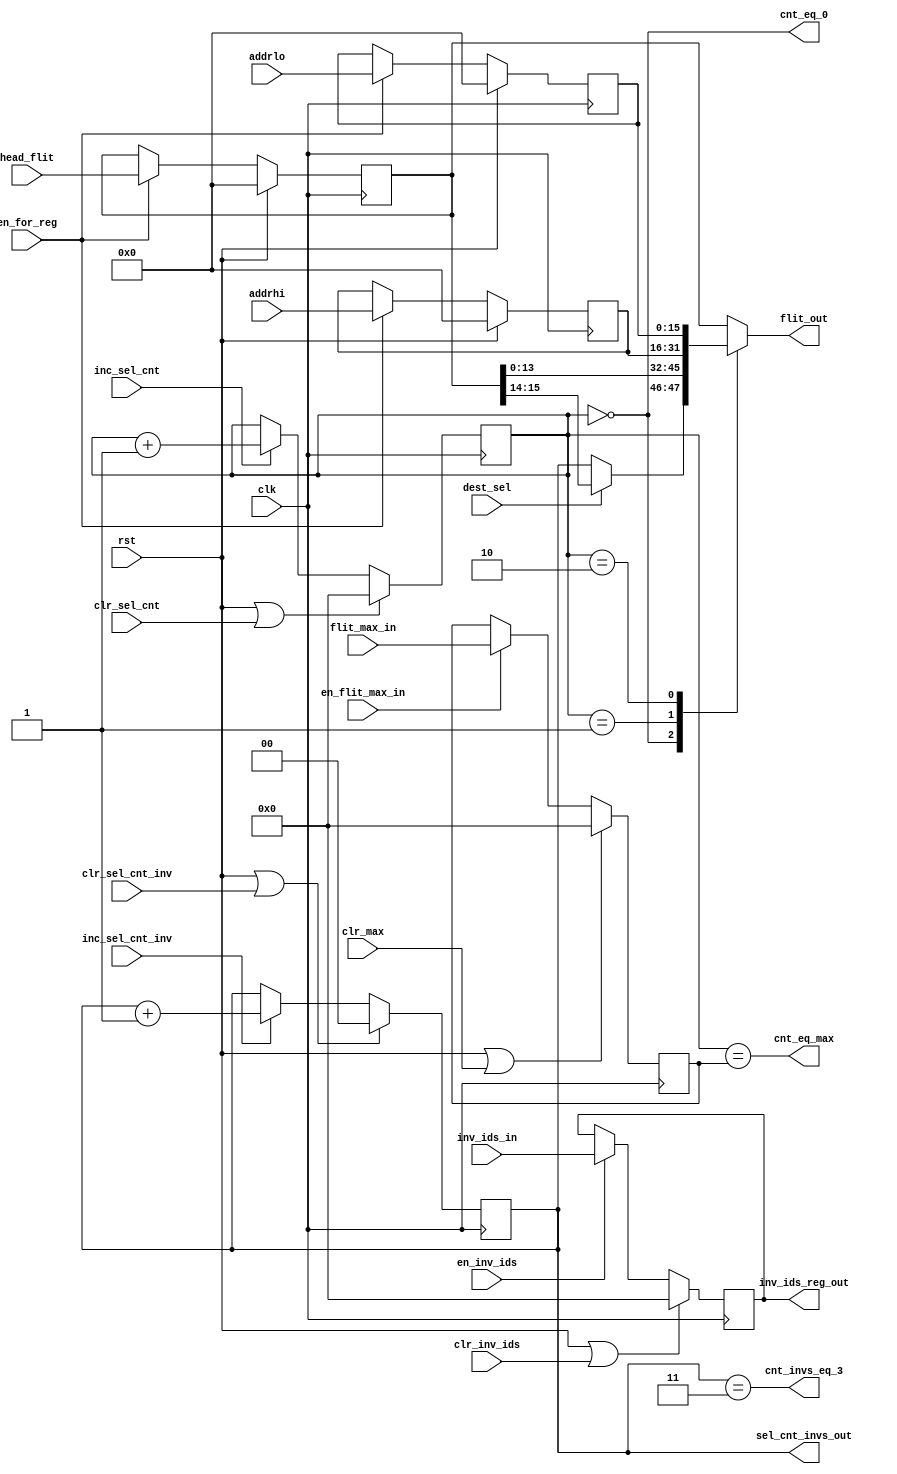
module   upload_datapath(
                         clk,
                         rst,
                         clr_max,
                         clr_inv_ids,
                         clr_sel_cnt_inv,
                         clr_sel_cnt,
                         inc_sel_cnt,
                         inc_sel_cnt_inv,
                         en_flit_max_in,
                         en_for_reg,
                         en_inv_ids,
                         inv_ids_in,
                         dest_sel,
                         flit_max_in,
                         head_flit,
                         addrhi,
                         addrlo,
                         flit_out,
                         cnt_eq_max,
                         cnt_invs_eq_3,
                         cnt_eq_0,
                         inv_ids_reg_out,
                         sel_cnt_invs_out
                         );
   input                                 clk;
   input                                 rst;
   input           [15:0]                head_flit;
   input           [15:0]                addrhi;
   input           [15:0]                addrlo;
   input                                 clr_max;
   input                                 clr_inv_ids;
   input                                 clr_sel_cnt_inv;
   input                                 clr_sel_cnt;
   input                                 inc_sel_cnt;
   input                                 inc_sel_cnt_inv;
   input                                 en_for_reg;
   input                                 en_inv_ids;
   input           [3:0]                 inv_ids_in;
   input           [3:0]                 flit_max_in;
   input                                 en_flit_max_in;
   input                                 dest_sel;
   output          [15:0]                flit_out;
   output                                cnt_eq_max;
   output                                cnt_invs_eq_3;
   output                                cnt_eq_0;
   output          [3:0]                 inv_ids_reg_out;
   output          [1:0]                 sel_cnt_invs_out;
reg [3:0]      flits_max;
always@(posedge clk)
begin
  if(rst||clr_max)
    flits_max<=4'b0000;
  else if(en_flit_max_in)
    flits_max<=flit_max_in;
end
reg [3:0]      inv_ids_reg;
always@(posedge clk)
begin
  if(rst||clr_inv_ids)
    inv_ids_reg<=4'b0000;
  else if(en_inv_ids)
    inv_ids_reg<=inv_ids_in;
end
wire     [3:0]  inv_ids_reg_out;
assign   inv_ids_reg_out=inv_ids_reg;
reg [3:0]   sel_cnt;
always@(posedge clk)
begin
  if(rst||clr_sel_cnt)
    sel_cnt<=4'b0000;
  else if(inc_sel_cnt)
    sel_cnt<=sel_cnt+4'b0001;
end
reg [1:0] sel_cnt_invs;
always@(posedge clk)
begin
  if(rst||clr_sel_cnt_inv)
    sel_cnt_invs<=2'b00;
  else if(inc_sel_cnt_inv)
    sel_cnt_invs<=sel_cnt_invs+2'b01;
end
wire     [1:0]    sel_cnt_invs_out;
assign   sel_cnt_invs_out=sel_cnt_invs;
wire    cnt_eq_0;
assign  cnt_eq_0=(sel_cnt==4'b0000);
wire cnt_eq_max;
assign  cnt_eq_max=(sel_cnt==flits_max);
wire    cnt_invs_eq_3;
assign  cnt_invs_eq_3=(sel_cnt_invs==2'b11);
   reg   [15:0]      head_flit_reg;
   reg   [15:0]      addrhi_reg;
   reg   [15:0]      addrlo_reg;
   always@(posedge clk)
   begin
     if(rst)
       begin
         head_flit_reg<=16'h0000;
         addrhi_reg<=16'h0000;
         addrlo_reg<=16'h0000;
       end
  else if(en_for_reg)
       begin
         head_flit_reg<=head_flit;
         addrhi_reg<=addrhi;
         addrlo_reg<=addrlo;
       end
end
wire [1:0]  dest_seled_id;
assign dest_seled_id=dest_sel?head_flit_reg[15:14]:sel_cnt_invs;
reg   [15:0]   flit_seled_out;
always@(*)
begin
      case(sel_cnt)
        4'b0000:flit_seled_out={dest_seled_id,head_flit_reg[13:0]};
        4'b0001:flit_seled_out=addrhi_reg;
        4'b0010:flit_seled_out=addrlo_reg;
        default:flit_seled_out=head_flit_reg;
      endcase 
end
assign flit_out=flit_seled_out;
endmodule